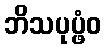
ဘိသပုပ္ဖံဝ